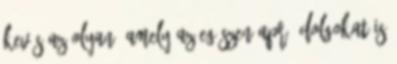
kevés az olyan, amely az egészen apró dolgokat is